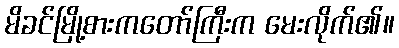
မိခင်မြို့စားကတော်ကြီးက မေးလိုက်၏။